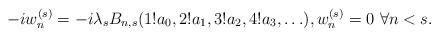
LaTeX: \begin{align*}-i w^{(s)}_n &=- i\lambda_s B_{n,s}(1! a_0, 2! a_1, 3! a_2, 4! a_3, \ldots ), w_n^{(s)}=0 \ \forall n<s.\end{align*}